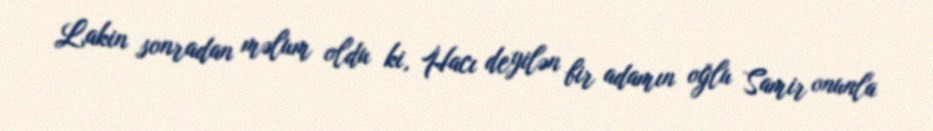
Lakin sonradan məlum oldu ki, Hacı deyilən bir adamın oğlu Samir onunla